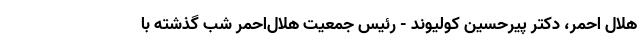
هلال احمر، دکتر پیرحسین کولیوند - رئیس جمعیت هلال‌احمر شب گذشته با